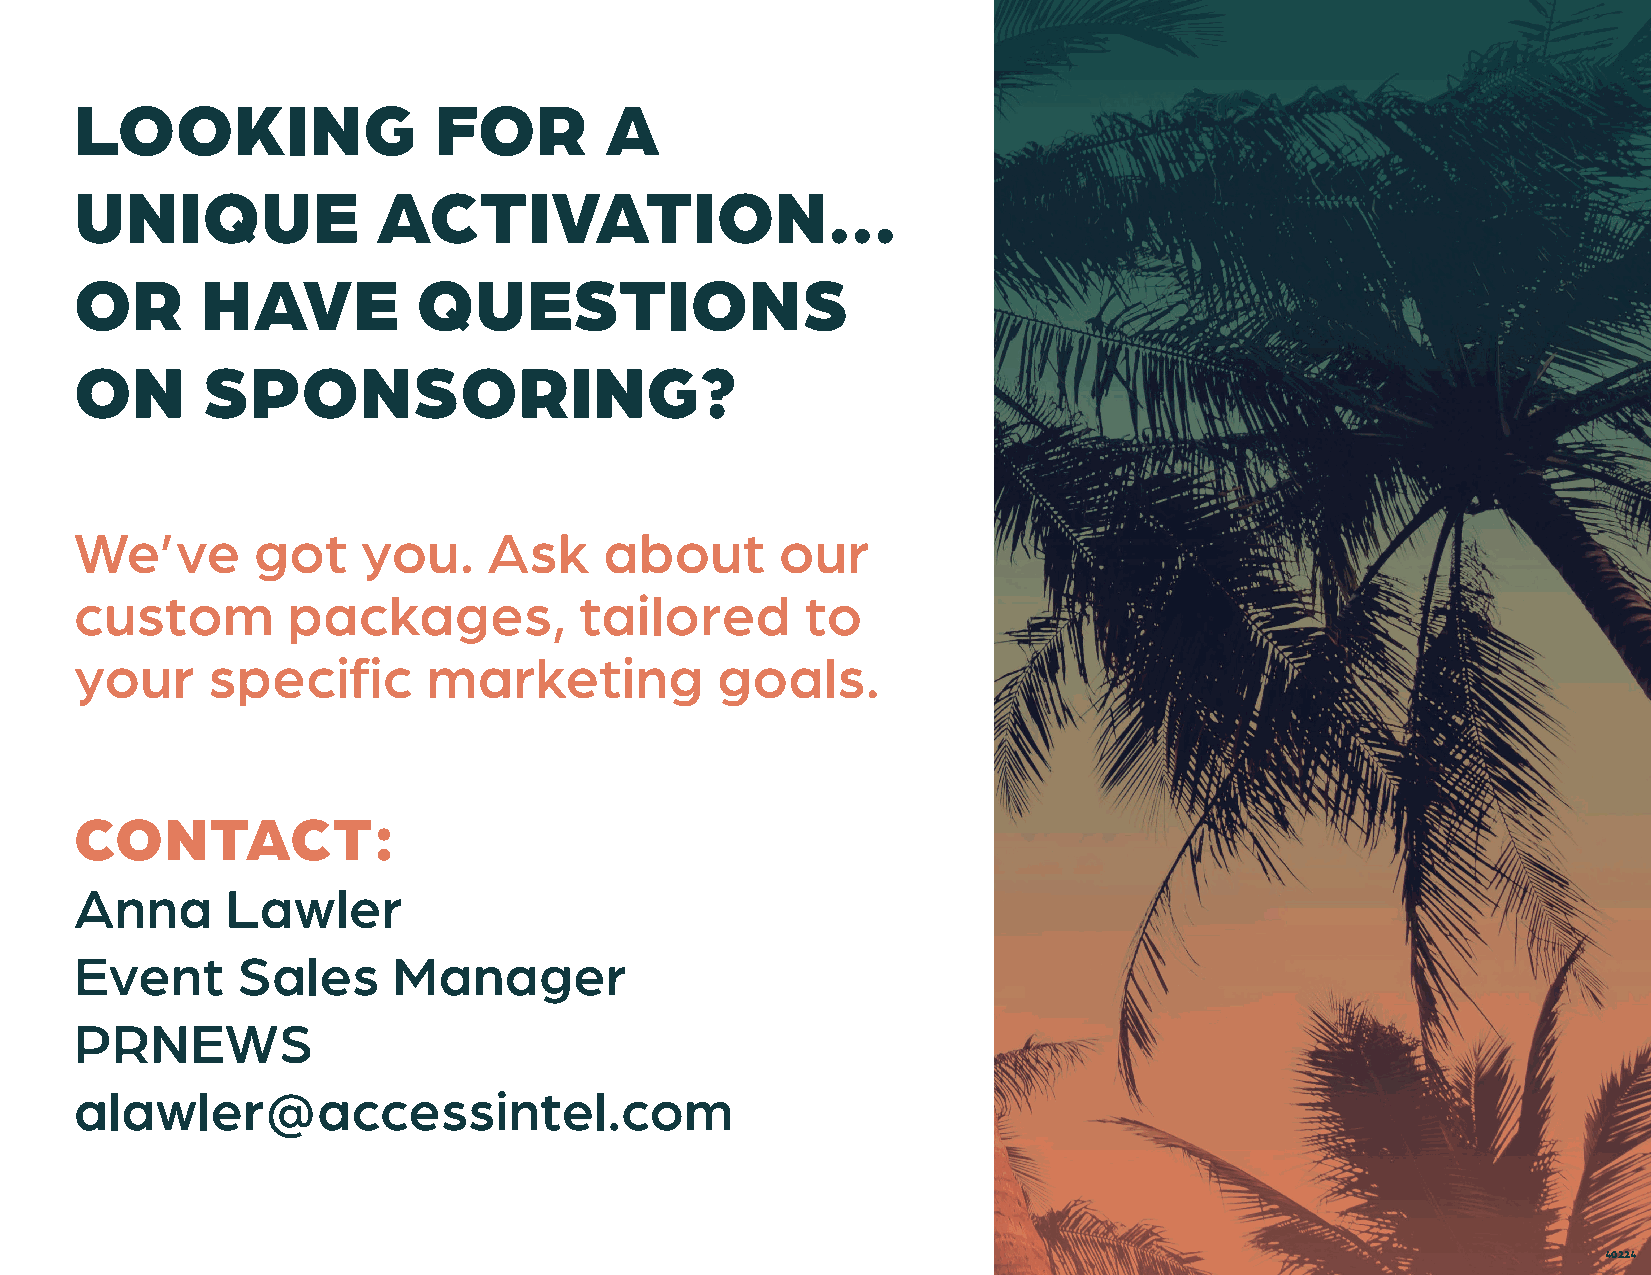
LOOKING                 FOR        A
 UNIQUE              ACTIVATION...
 OR      HAVE           QUESTIONS
 ON      SPONSORING?
 We’ve       got    you.    Ask     about       our
 custom        packages,          tailored       to
 your     specific      marketing          goals.
 CONTACT:
 Anna      Lawler
 Event      Sales     Manager
 PRNEWS
 alawler@accessintel.com
 40224